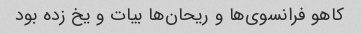
کاهو فرانسوی‌ها و ریحان‌ها بیات و یخ زده بود